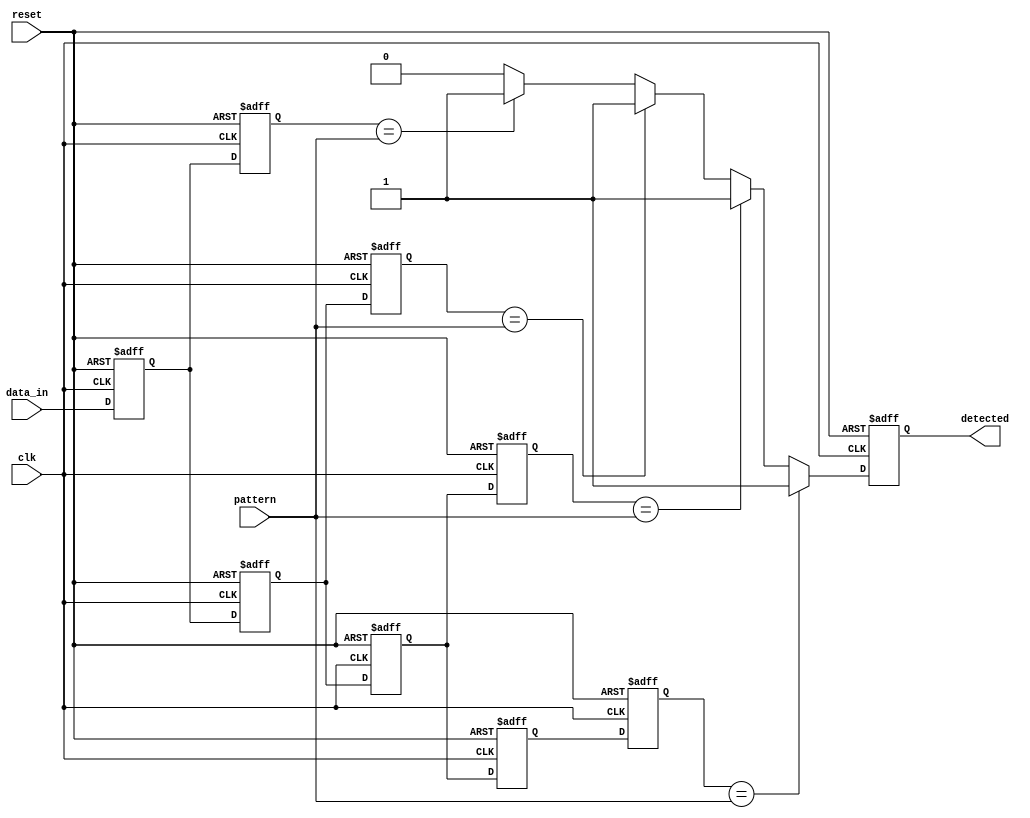
module MemoryBlocksSamplingDelayLineDetector #(
    parameter DATA_WIDTH = 8,        // Width of the input data
    parameter MEM_BLOCKS = 4,        // Number of memory blocks
    parameter DELAY_STAGES = 4,      // Number of delay stages
    parameter PATTERN_WIDTH = 8       // Width of the pattern to compare
)(
    input wire clk,                  // Clock signal
    input wire reset,                // Reset signal
    input wire [DATA_WIDTH-1:0] data_in, // Input data stream
    input wire [PATTERN_WIDTH-1:0] pattern, // Pattern to detect
    output reg detected              // Output signal indicating pattern detection
);

    // Memory blocks to store samples
    reg [DATA_WIDTH-1:0] mem_block [0:MEM_BLOCKS-1];
    
    // Delay line registers
    reg [DATA_WIDTH-1:0] delay_line [0:DELAY_STAGES-1];

    integer i;

    // Sampling mechanism
    always @(posedge clk or posedge reset) begin
        if (reset) begin
            // Reset memory blocks and delay line
            for (i = 0; i < MEM_BLOCKS; i = i + 1) begin
                mem_block[i] <= 0;
            end
            for (i = 0; i < DELAY_STAGES; i = i + 1) begin
                delay_line[i] <= 0;
            end
            detected <= 0;
        end else begin
            // Shift the input signal through the delay line
            delay_line[0] <= data_in;
            for (i = 1; i < DELAY_STAGES; i = i + 1) begin
                delay_line[i] <= delay_line[i-1];
            end
            
            // Sample the input signal into memory blocks
            for (i = 0; i < MEM_BLOCKS; i = i + 1) begin
                if (i < DELAY_STAGES) begin
                    mem_block[i] <= delay_line[i];
                end
            end
            
            // Comparison logic
            detected <= 0; // Reset detected signal
            for (i = 0; i < MEM_BLOCKS; i = i + 1) begin
                if (mem_block[i] == pattern) begin
                    detected <= 1; // Pattern detected
                end
            end
        end
    end

endmodule